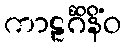
ကာဠင်္ဂိနိံဝ